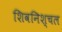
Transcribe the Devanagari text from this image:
शिवनिश्चल